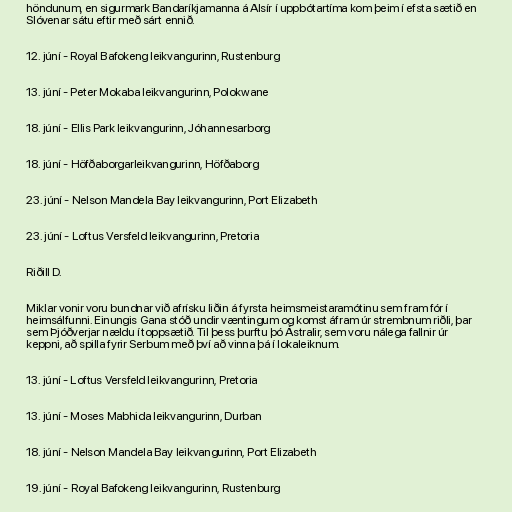
höndunum, en sigurmark Bandaríkjamanna á Alsír í uppbótartíma kom þeim í efsta sætið en
Slóvenar sátu eftir með sárt ennið.

12. júní - Royal Bafokeng leikvangurinn, Rustenburg

13. júní - Peter Mokaba leikvangurinn, Polokwane

18. júní - Ellis Park leikvangurinn, Jóhannesarborg

18. júní - Höfðaborgarleikvangurinn, Höfðaborg

23. júní - Nelson Mandela Bay leikvangurinn, Port Elizabeth

23. júní - Loftus Versfeld leikvangurinn, Pretoria

Riðill D.

Miklar vonir voru bundnar við afrísku liðin á fyrsta heimsmeistaramótinu sem fram fór í
heimsálfunni. Einungis Gana stóð undir væntingum og komst áfram úr strembnum riðli, þar
sem Þjóðverjar nældu í toppsætið. Til þess þurftu þó Ástralir, sem voru nálega fallnir úr
keppni, að spilla fyrir Serbum með því að vinna þá í lokaleiknum.

13. júní - Loftus Versfeld leikvangurinn, Pretoria

13. júní - Moses Mabhida leikvangurinn, Durban

18. júní - Nelson Mandela Bay leikvangurinn, Port Elizabeth

19. júní - Royal Bafokeng leikvangurinn, Rustenburg